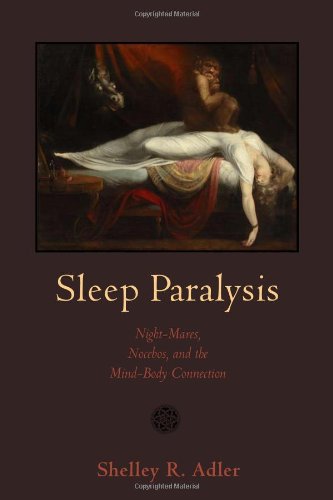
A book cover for Sleep Paralysis: Night-mares, Nocebos, and the Mind-Body Connection (Studies in Medical Anthropology); Professor Shelley R Adler; Health, Fitness & Dieting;